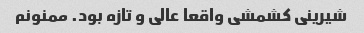
شیرینی کشمشی واقعا عالی و تازه بود. ممنونم